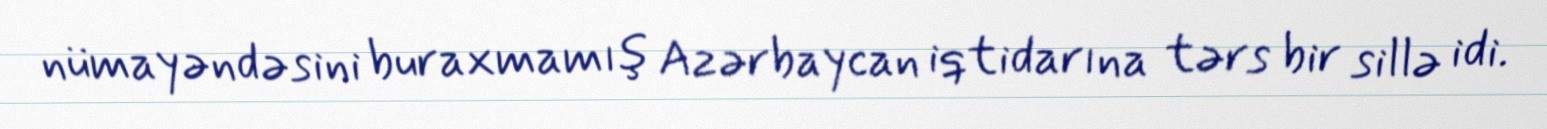
nümayəndəsini buraxmamış Azərbaycan iqtidarına tərs bir sillə idi.